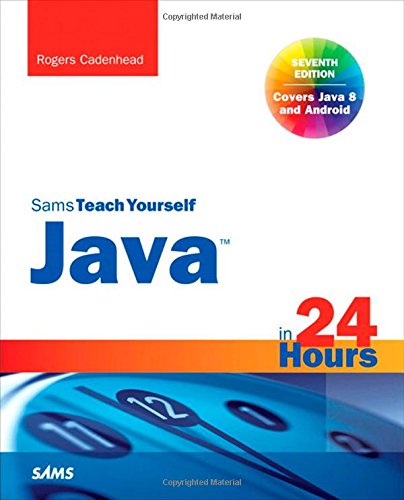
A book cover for Java in 24 Hours, Sams Teach Yourself (Covering Java 8) (7th Edition); Rogers Cadenhead; Computers & Technology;